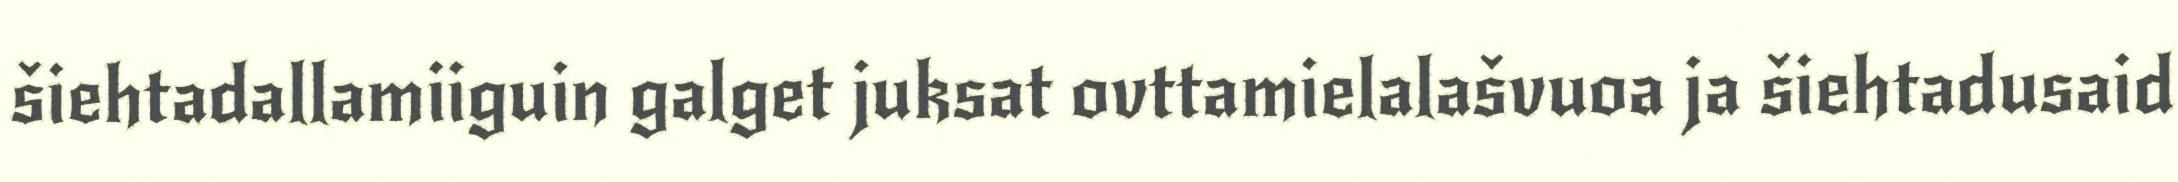
šiehtadallamiiguin galget juksat ovttamielalašvuoa ja šiehtadusaid